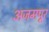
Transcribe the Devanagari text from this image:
अजमपूर